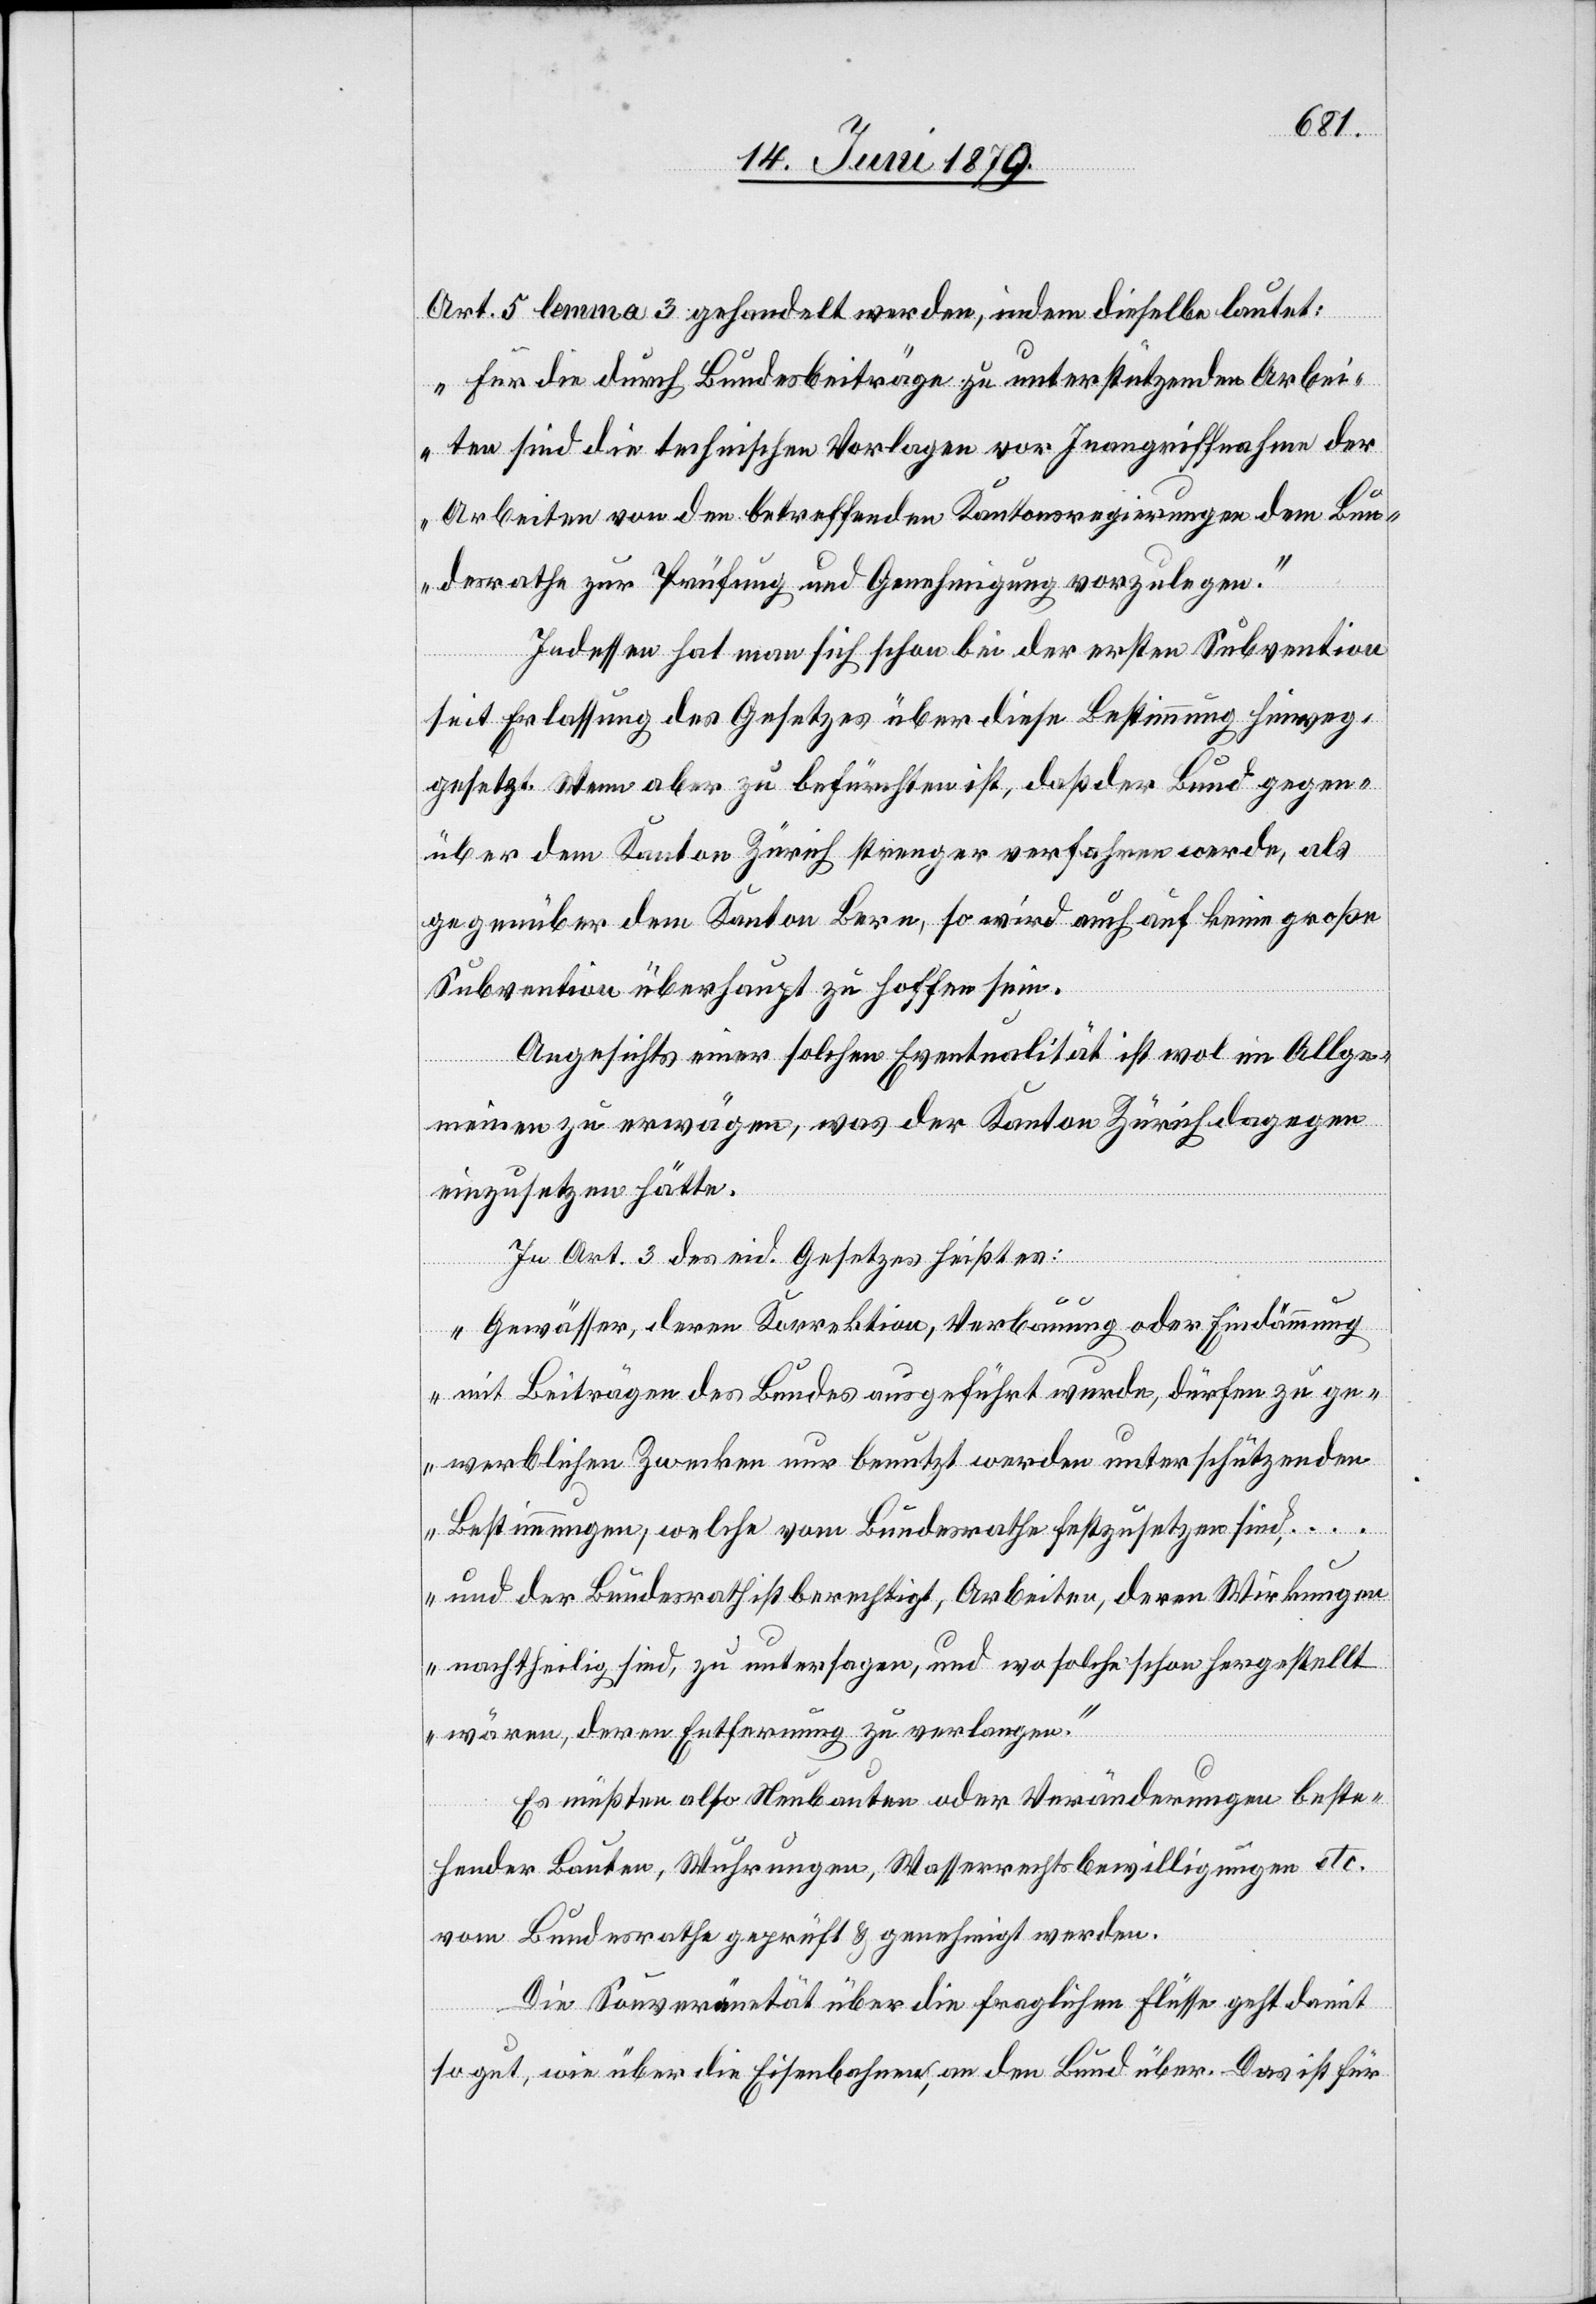
Art. 5 lemma 3 gehandelt werden, indem dieselbe lautet:
„Für die durch Bundesbeiträge zu unterstützenden Arbei¬
ten sind die technischen Vorlagen vor Inangriffnahme der
Arbeiten von den betreffenden Kantonsregierungen dem Bun¬
desrathe zur Prüfung und Genehmigung vorzulegen.“
Indessen hat man sich schon bei der ersten Subvention
seit Erlassung des Gesetzes über diese Bestimmung hinweg¬
gesetzt. Wenn aber zu befürchten ist, daß der Bund gegen¬
über dem Kanton Zürich strenger verfahren werde, als
gegenüber dem Kanton Bern, so wird auch auf keine große
Subvention überhaupt zu hoffen sein.
Angesichts einer solchen Eventualität ist wol im Allge¬
meinen zu erwägen, was der Kanton Zürich dagegen
einzusetzen hätte.
In Art. 3 des eid. Gesetzes heißt es:
„Gewässer, deren Korrektion, Verbauung oder Eindämmung
mit Beiträgen des Bundes ausgeführt wurde, dürfen zu ge¬
werblichen Zwecken nur benutzt werden unter schützenden
Bestimmungen, welche vom Bundesrathe festzusetzen sind,
… und der Bundesrath ist berechtigt, Arbeiten, deren Wirkungen
nachtheilig sind, zu untersagen, und wo solche schon hergestellt
wären, deren Entfernung zu verlangen.“
Es müßten also Neubauten oder Veränderungen beste¬
hender Bauten, Wuhrungen, Wasserrechtsbewilligungen etc.
vom Bundesrathe geprüft & genehmigt werden.
Die Souveränetät über die fraglichen Flüsse geht damit
so gut, wie über die Eisenbahnen, an den Bund über. Das ist für